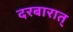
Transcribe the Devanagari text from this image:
दरबारात्